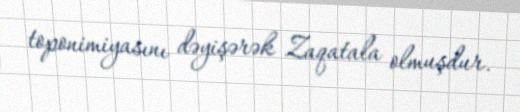
toponimiyasını dəyişərək Zaqatala olmuşdur.